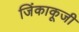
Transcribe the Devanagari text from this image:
जिंकाकूजी